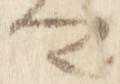
卿